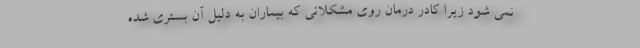
نمی شود زیرا کادر درمان روی مشکلاتی که بیماران به دلیل آن بستری شده